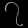
Digit: ၇